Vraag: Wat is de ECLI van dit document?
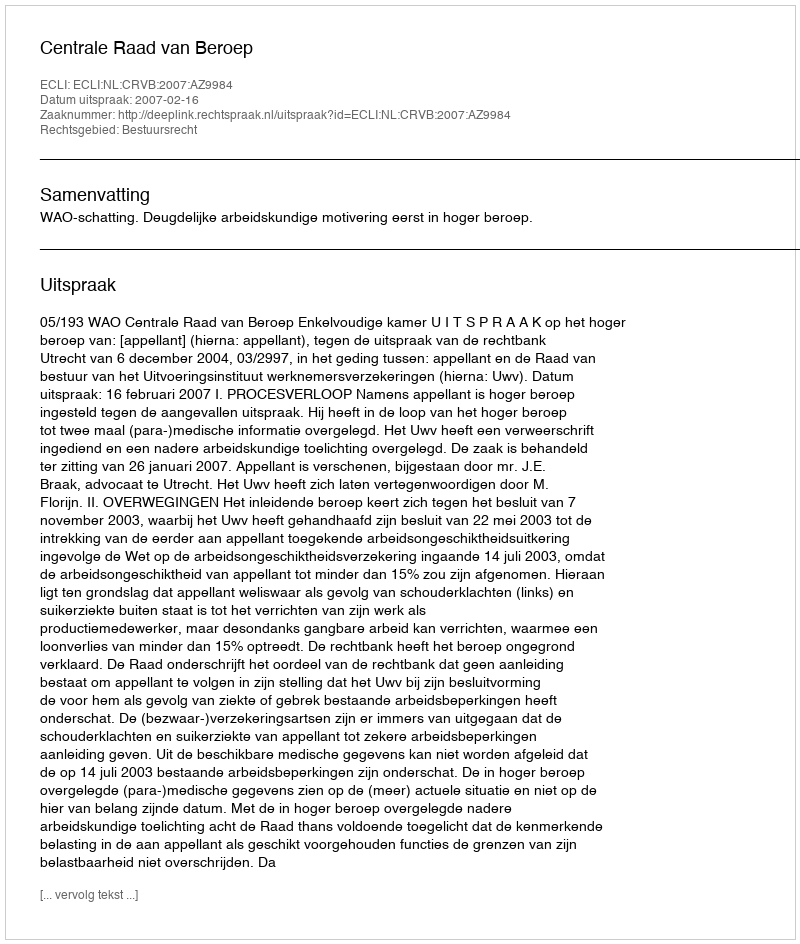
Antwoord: ECLI:NL:CRVB:2007:AZ9984